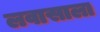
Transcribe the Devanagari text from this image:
लवासाला